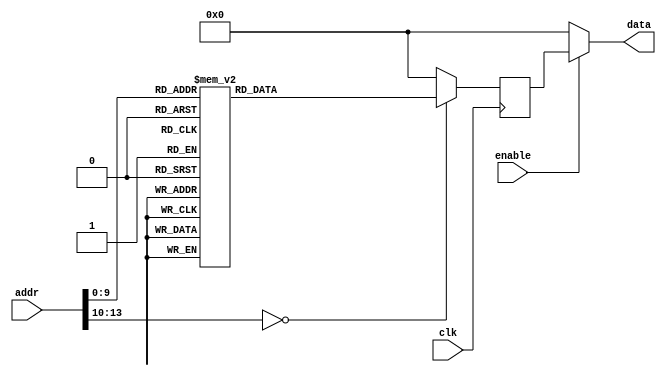
module rom04(input clk, input enable, input [14-1:0] addr, output [16-1:0] data);
    reg [16-1:0] data_reg;
    always @ (posedge clk)
        case(addr)
            14'h0 : data_reg <= 16'h5341;
            14'h1 : data_reg <= 16'h4D52;
            14'h2 : data_reg <= 16'h1C28;
            14'h3 : data_reg <= 16'h9C0D;
            14'h4 : data_reg <= 16'h6D8C;
            14'h5 : data_reg <= 16'h221D;
            14'h6 : data_reg <= 16'h5D8C;
            14'h7 : data_reg <= 16'h0D1D;
            14'h8 : data_reg <= 16'h281B;
            14'h9 : data_reg <= 16'h0D1C;
            14'hA : data_reg <= 16'h8C9C;
            14'hB : data_reg <= 16'h1D6D;
            14'hC : data_reg <= 16'h8C22;
            14'hD : data_reg <= 16'h1D5D;
            14'hE : data_reg <= 16'h1C22;
            14'hF : data_reg <= 16'h3C22;
            14'h10 : data_reg <= 16'h1E3E;
            14'h11 : data_reg <= 16'h0500;
            14'h12 : data_reg <= 16'h3C23;
            14'h13 : data_reg <= 16'h3EE5;
            14'h14 : data_reg <= 16'h1CD0;
            14'h15 : data_reg <= 16'h1D0B;
            14'h16 : data_reg <= 16'h1F0C;
            14'h17 : data_reg <= 16'h1B0D;
            14'h18 : data_reg <= 16'h1C28;
            14'h19 : data_reg <= 16'h9C0D;
            14'h1A : data_reg <= 16'h6D8C;
            14'h1B : data_reg <= 16'h221D;
            14'h1C : data_reg <= 16'h5D8C;
            14'h1D : data_reg <= 16'h221D;
            14'h1E : data_reg <= 16'h001C;
            14'h1F : data_reg <= 16'h3C22;
            14'h20 : data_reg <= 16'h1E3E;
            14'h21 : data_reg <= 16'h047F;
            14'h22 : data_reg <= 16'h3C23;
            14'h23 : data_reg <= 16'h3EE5;
            14'h24 : data_reg <= 16'h1CD0;
            14'h25 : data_reg <= 16'h1D0B;
            14'h26 : data_reg <= 16'h1E0C;
            14'h27 : data_reg <= 16'h9000;
            14'h28 : data_reg <= 16'h0014;
            14'h29 : data_reg <= 16'h8000;
            14'h2A : data_reg <= 16'hC901;
            14'h2B : data_reg <= 16'h221C;
            14'h2C : data_reg <= 16'h1939;
            14'h2D : data_reg <= 16'hE20C;
            14'h2E : data_reg <= 16'h1B0D;
            14'h2F : data_reg <= 16'h1C28;
            14'h30 : data_reg <= 16'h9C0D;
            14'h31 : data_reg <= 16'h6D8C;
            14'h32 : data_reg <= 16'h221D;
            14'h33 : data_reg <= 16'h5D8C;
            14'h34 : data_reg <= 16'h221D;
            14'h35 : data_reg <= 16'h001C;
            14'h36 : data_reg <= 16'h3C22;
            14'h37 : data_reg <= 16'h1E3E;
            14'h38 : data_reg <= 16'h004E;
            14'h39 : data_reg <= 16'h3C23;
            14'h3A : data_reg <= 16'h3EE5;
            14'h3B : data_reg <= 16'h1CD0;
            14'h3C : data_reg <= 16'h1D0B;
            14'h3D : data_reg <= 16'hD00C;
            14'h3E : data_reg <= 16'h0D11;
            14'h3F : data_reg <= 16'h281B;
            14'h40 : data_reg <= 16'h0D1C;
            14'h41 : data_reg <= 16'h8C9C;
            14'h42 : data_reg <= 16'h1D6D;
            14'h43 : data_reg <= 16'h8C22;
            14'h44 : data_reg <= 16'h1D5D;
            14'h45 : data_reg <= 16'h1C22;
            14'h46 : data_reg <= 16'h3C22;
            14'h47 : data_reg <= 16'h1E3E;
            14'h48 : data_reg <= 16'h0050;
            14'h49 : data_reg <= 16'h3C23;
            14'h4A : data_reg <= 16'h3EE5;
            14'h4B : data_reg <= 16'h1CD0;
            14'h4C : data_reg <= 16'h1D0B;
            14'h4D : data_reg <= 16'hD00C;
            14'h4E : data_reg <= 16'h2012;
            14'h4F : data_reg <= 16'h2013;
            14'h50 : data_reg <= 16'h1CC1;
            14'h51 : data_reg <= 16'h3122;
            14'h52 : data_reg <= 16'h0C11;
            14'h53 : data_reg <= 16'h211C;
            14'h54 : data_reg <= 16'h1333;
            14'h55 : data_reg <= 16'h0C13;
            14'h56 : data_reg <= 16'hA302;
            14'h57 : data_reg <= 16'h0DE6;
            14'h58 : data_reg <= 16'h281B;
            14'h59 : data_reg <= 16'h0D1C;
            14'h5A : data_reg <= 16'h8C9C;
            14'h5B : data_reg <= 16'h1D6D;
            14'h5C : data_reg <= 16'h8C22;
            14'h5D : data_reg <= 16'h1D5D;
            14'h5E : data_reg <= 16'h1C22;
            14'h5F : data_reg <= 16'h3C22;
            14'h60 : data_reg <= 16'h1E3E;
            14'h61 : data_reg <= 16'h009F;
            14'h62 : data_reg <= 16'h3C23;
            14'h63 : data_reg <= 16'h3EE5;
            14'h64 : data_reg <= 16'h1CD0;
            14'h65 : data_reg <= 16'h1D0B;
            14'h66 : data_reg <= 16'hE00C;
            14'h67 : data_reg <= 16'h0DE2;
            14'h68 : data_reg <= 16'h281B;
            14'h69 : data_reg <= 16'h0D1C;
            14'h6A : data_reg <= 16'h8C9C;
            14'h6B : data_reg <= 16'h1D6D;
            14'h6C : data_reg <= 16'h8C22;
            14'h6D : data_reg <= 16'h1D5D;
            14'h6E : data_reg <= 16'h1C22;
            14'h6F : data_reg <= 16'h3C22;
            14'h70 : data_reg <= 16'h1E3E;
            14'h71 : data_reg <= 16'h004E;
            14'h72 : data_reg <= 16'h3C23;
            14'h73 : data_reg <= 16'h3EE5;
            14'h74 : data_reg <= 16'h1CD0;
            14'h75 : data_reg <= 16'h1D0B;
            14'h76 : data_reg <= 16'hD00C;
            14'h77 : data_reg <= 16'h0D11;
            14'h78 : data_reg <= 16'h281B;
            14'h79 : data_reg <= 16'h0D1C;
            14'h7A : data_reg <= 16'h8C9C;
            14'h7B : data_reg <= 16'h1D6D;
            14'h7C : data_reg <= 16'h8C22;
            14'h7D : data_reg <= 16'h1D5D;
            14'h7E : data_reg <= 16'h1C22;
            14'h7F : data_reg <= 16'h3C22;
            14'h80 : data_reg <= 16'h1E3E;
            14'h81 : data_reg <= 16'h0050;
            14'h82 : data_reg <= 16'h3C23;
            14'h83 : data_reg <= 16'h3EE5;
            14'h84 : data_reg <= 16'h1CD0;
            14'h85 : data_reg <= 16'h1D0B;
            14'h86 : data_reg <= 16'hD00C;
            14'h87 : data_reg <= 16'h2012;
            14'h88 : data_reg <= 16'hD113;
            14'h89 : data_reg <= 16'h1CE9;
            14'h8A : data_reg <= 16'h3122;
            14'h8B : data_reg <= 16'h0C11;
            14'h8C : data_reg <= 16'h211C;
            14'h8D : data_reg <= 16'h1333;
            14'h8E : data_reg <= 16'h0C13;
            14'h8F : data_reg <= 16'hA302;
            14'h90 : data_reg <= 16'h0DE6;
            14'h91 : data_reg <= 16'h281B;
            14'h92 : data_reg <= 16'h0D1C;
            14'h93 : data_reg <= 16'h8C9C;
            14'h94 : data_reg <= 16'h1D6D;
            14'h95 : data_reg <= 16'h8C22;
            14'h96 : data_reg <= 16'h1D5D;
            14'h97 : data_reg <= 16'h1C22;
            14'h98 : data_reg <= 16'h3C22;
            14'h99 : data_reg <= 16'h1E3E;
            14'h9A : data_reg <= 16'h0111;
            14'h9B : data_reg <= 16'h3C23;
            14'h9C : data_reg <= 16'h3EE5;
            14'h9D : data_reg <= 16'h1CD0;
            14'h9E : data_reg <= 16'h1D0B;
            14'h9F : data_reg <= 16'hE00C;
            14'hA0 : data_reg <= 16'h0DE2;
            14'hA1 : data_reg <= 16'h281B;
            14'hA2 : data_reg <= 16'h0D1C;
            14'hA3 : data_reg <= 16'h8C9C;
            14'hA4 : data_reg <= 16'h1D6D;
            14'hA5 : data_reg <= 16'h8C22;
            14'hA6 : data_reg <= 16'h1D5D;
            14'hA7 : data_reg <= 16'h1C22;
            14'hA8 : data_reg <= 16'h3C22;
            14'hA9 : data_reg <= 16'h1E3E;
            14'hAA : data_reg <= 16'h004E;
            14'hAB : data_reg <= 16'h3C23;
            14'hAC : data_reg <= 16'h3EE5;
            14'hAD : data_reg <= 16'h1CD0;
            14'hAE : data_reg <= 16'h1D0B;
            14'hAF : data_reg <= 16'hD00C;
            14'hB0 : data_reg <= 16'h0D19;
            14'hB1 : data_reg <= 16'h281B;
            14'hB2 : data_reg <= 16'h0D1C;
            14'hB3 : data_reg <= 16'h8C9C;
            14'hB4 : data_reg <= 16'h1D6D;
            14'hB5 : data_reg <= 16'h8C22;
            14'hB6 : data_reg <= 16'h1D5D;
            14'hB7 : data_reg <= 16'h1C22;
            14'hB8 : data_reg <= 16'h3C22;
            14'hB9 : data_reg <= 16'h1E3E;
            14'hBA : data_reg <= 16'h0054;
            14'hBB : data_reg <= 16'h3C23;
            14'hBC : data_reg <= 16'h3EE5;
            14'hBD : data_reg <= 16'h1CD0;
            14'hBE : data_reg <= 16'h1D0B;
            14'hBF : data_reg <= 16'h1A0C;
            14'hC0 : data_reg <= 16'h1126;
            14'hC1 : data_reg <= 16'hE10A;
            14'hC2 : data_reg <= 16'h1B0D;
            14'hC3 : data_reg <= 16'h1C28;
            14'hC4 : data_reg <= 16'h9C0D;
            14'hC5 : data_reg <= 16'h6D8C;
            14'hC6 : data_reg <= 16'h221D;
            14'hC7 : data_reg <= 16'h5D8C;
            14'hC8 : data_reg <= 16'h221D;
            14'hC9 : data_reg <= 16'h001C;
            14'hCA : data_reg <= 16'h3C22;
            14'hCB : data_reg <= 16'h1E3E;
            14'hCC : data_reg <= 16'h0C80;
            14'hCD : data_reg <= 16'h3C23;
            14'hCE : data_reg <= 16'h3EE5;
            14'hCF : data_reg <= 16'h1CD0;
            14'hD0 : data_reg <= 16'h1D0B;
            14'hD1 : data_reg <= 16'h120C;
            14'hD2 : data_reg <= 16'h1102;
            14'hD3 : data_reg <= 16'hE10A;
            14'hD4 : data_reg <= 16'h1C24;
            14'hD5 : data_reg <= 16'h8C20;
            14'hD6 : data_reg <= 16'h2A1C;
            14'hD7 : data_reg <= 16'h115C;
            14'hD8 : data_reg <= 16'h1C24;
            14'hD9 : data_reg <= 16'h8C20;
            14'hDA : data_reg <= 16'h2F1C;
            14'hDB : data_reg <= 16'h315C;
            14'hDC : data_reg <= 16'h0A11;
            14'hDD : data_reg <= 16'h24E1;
            14'hDE : data_reg <= 16'h261C;
            14'hDF : data_reg <= 16'h1C8C;
            14'hE0 : data_reg <= 16'h5C24;
            14'hE1 : data_reg <= 16'h2412;
            14'hE2 : data_reg <= 16'h2C1C;
            14'hE3 : data_reg <= 16'h1C8C;
            14'hE4 : data_reg <= 16'h5C28;
            14'hE5 : data_reg <= 16'h32E5;
            14'hE6 : data_reg <= 16'h11E5;
            14'hE7 : data_reg <= 16'hE10A;
            14'hE8 : data_reg <= 16'h1C24;
            14'hE9 : data_reg <= 16'h8C23;
            14'hEA : data_reg <= 16'h221C;
            14'hEB : data_reg <= 16'hE55C;
            14'hEC : data_reg <= 16'hE532;
            14'hED : data_reg <= 16'h0A11;
            14'hEE : data_reg <= 16'h24E1;
            14'hEF : data_reg <= 16'h2A1C;
            14'hF0 : data_reg <= 16'h1C8C;
            14'hF1 : data_reg <= 16'h5C2A;
            14'hF2 : data_reg <= 16'h2412;
            14'hF3 : data_reg <= 16'h251C;
            14'hF4 : data_reg <= 16'h1C8C;
            14'hF5 : data_reg <= 16'h5C25;
            14'hF6 : data_reg <= 16'h1142;
            14'hF7 : data_reg <= 16'hE10A;
            14'hF8 : data_reg <= 16'h4222;
            14'hF9 : data_reg <= 16'h0A11;
            14'hFA : data_reg <= 16'h24E1;
            14'hFB : data_reg <= 16'h2A1C;
            14'hFC : data_reg <= 16'h1C8C;
            14'hFD : data_reg <= 16'h5C2A;
            14'hFE : data_reg <= 16'h2412;
            14'hFF : data_reg <= 16'h251C;
            14'h100 : data_reg <= 16'h1C8C;
            14'h101 : data_reg <= 16'h5C25;
            14'h102 : data_reg <= 16'h1152;
            14'h103 : data_reg <= 16'hE10A;
            14'h104 : data_reg <= 16'h132D;
            14'h105 : data_reg <= 16'h632E;
            14'h106 : data_reg <= 16'h0A11;
            14'h107 : data_reg <= 16'h72E1;
            14'h108 : data_reg <= 16'h0A11;
            14'h109 : data_reg <= 16'h21E1;
            14'h10A : data_reg <= 16'h2712;
            14'h10B : data_reg <= 16'h1182;
            14'h10C : data_reg <= 16'hE10A;
            14'h10D : data_reg <= 16'h9226;
            14'h10E : data_reg <= 16'h0A11;
            14'h10F : data_reg <= 16'h21E1;
            14'h110 : data_reg <= 16'h2111;
            14'h111 : data_reg <= 16'h0DA1;
            14'h112 : data_reg <= 16'h281B;
            14'h113 : data_reg <= 16'h0D1C;
            14'h114 : data_reg <= 16'h8C9C;
            14'h115 : data_reg <= 16'h1D6D;
            14'h116 : data_reg <= 16'h8C22;
            14'h117 : data_reg <= 16'h1D5D;
            14'h118 : data_reg <= 16'h1C22;
            14'h119 : data_reg <= 16'h3C22;
            14'h11A : data_reg <= 16'h1E3E;
            14'h11B : data_reg <= 16'h0262;
            14'h11C : data_reg <= 16'h3C23;
            14'h11D : data_reg <= 16'h3EE5;
            14'h11E : data_reg <= 16'h1CD0;
            14'h11F : data_reg <= 16'h1D0B;
            14'h120 : data_reg <= 16'hE00C;
            14'h121 : data_reg <= 16'h1B0D;
            14'h122 : data_reg <= 16'h1C28;
            14'h123 : data_reg <= 16'h9C0D;
            14'h124 : data_reg <= 16'h6D8C;
            14'h125 : data_reg <= 16'h221D;
            14'h126 : data_reg <= 16'h5D8C;
            14'h127 : data_reg <= 16'h221D;
            14'h128 : data_reg <= 16'h001C;
            14'h129 : data_reg <= 16'h3C22;
            14'h12A : data_reg <= 16'h1E3E;
            14'h12B : data_reg <= 16'h047E;
            14'h12C : data_reg <= 16'h3C23;
            14'h12D : data_reg <= 16'h3EE5;
            14'h12E : data_reg <= 16'h1CD0;
            14'h12F : data_reg <= 16'h1D0B;
            14'h130 : data_reg <= 16'h1E0C;
            14'h131 : data_reg <= 16'hA120;
            14'h132 : data_reg <= 16'h1B0D;
            14'h133 : data_reg <= 16'h1C28;
            14'h134 : data_reg <= 16'h9C0D;
            14'h135 : data_reg <= 16'h6D8C;
            14'h136 : data_reg <= 16'h221D;
            14'h137 : data_reg <= 16'h5D8C;
            14'h138 : data_reg <= 16'h221D;
            14'h139 : data_reg <= 16'h001C;
            14'h13A : data_reg <= 16'h3C22;
            14'h13B : data_reg <= 16'h1E3E;
            14'h13C : data_reg <= 16'h047E;
            14'h13D : data_reg <= 16'h3C23;
            14'h13E : data_reg <= 16'h3EE5;
            14'h13F : data_reg <= 16'h1CD0;
            14'h140 : data_reg <= 16'h1D0B;
            14'h141 : data_reg <= 16'hE00C;
            14'h142 : data_reg <= 16'hB121;
            14'h143 : data_reg <= 16'h1B0D;
            14'h144 : data_reg <= 16'h1C28;
            14'h145 : data_reg <= 16'h9C0D;
            14'h146 : data_reg <= 16'h6D8C;
            14'h147 : data_reg <= 16'h221D;
            14'h148 : data_reg <= 16'h5D8C;
            14'h149 : data_reg <= 16'h221D;
            14'h14A : data_reg <= 16'h001C;
            14'h14B : data_reg <= 16'h3C22;
            14'h14C : data_reg <= 16'h1E3E;
            14'h14D : data_reg <= 16'h047E;
            14'h14E : data_reg <= 16'h3C23;
            14'h14F : data_reg <= 16'h3EE5;
            14'h150 : data_reg <= 16'h1CD0;
            14'h151 : data_reg <= 16'h1D0B;
            14'h152 : data_reg <= 16'hE00C;
            14'h153 : data_reg <= 16'hB120;
            14'h154 : data_reg <= 16'h1B0D;
            14'h155 : data_reg <= 16'h1C28;
            14'h156 : data_reg <= 16'h9C0D;
            14'h157 : data_reg <= 16'h6D8C;
            14'h158 : data_reg <= 16'h221D;
            14'h159 : data_reg <= 16'h5D8C;
            14'h15A : data_reg <= 16'h221D;
            14'h15B : data_reg <= 16'h001C;
            14'h15C : data_reg <= 16'h3C22;
            14'h15D : data_reg <= 16'h1E3E;
            14'h15E : data_reg <= 16'h02E8;
            14'h15F : data_reg <= 16'h3C23;
            14'h160 : data_reg <= 16'h3EE5;
            14'h161 : data_reg <= 16'h1CD0;
            14'h162 : data_reg <= 16'h1D0B;
            14'h163 : data_reg <= 16'hE00C;
            14'h164 : data_reg <= 16'h1B0D;
            14'h165 : data_reg <= 16'h1C28;
            14'h166 : data_reg <= 16'h9C0D;
            14'h167 : data_reg <= 16'h6D8C;
            14'h168 : data_reg <= 16'h221D;
            14'h169 : data_reg <= 16'h5D8C;
            14'h16A : data_reg <= 16'h221D;
            14'h16B : data_reg <= 16'h001C;
            14'h16C : data_reg <= 16'h3C22;
            14'h16D : data_reg <= 16'h1E3E;
            14'h16E : data_reg <= 16'h047E;
            14'h16F : data_reg <= 16'h3C23;
            14'h170 : data_reg <= 16'h3EE5;
            14'h171 : data_reg <= 16'h1CD0;
            14'h172 : data_reg <= 16'h1D0B;
            14'h173 : data_reg <= 16'h1E0C;
            14'h174 : data_reg <= 16'h1C24;
            14'h175 : data_reg <= 16'h8C25;
            14'h176 : data_reg <= 16'h2A1C;
            14'h177 : data_reg <= 16'hCF5C;
            14'h178 : data_reg <= 16'hDF20;
            14'h179 : data_reg <= 16'h0A11;
            14'h17A : data_reg <= 16'h24E1;
            14'h17B : data_reg <= 16'h251C;
            14'h17C : data_reg <= 16'h1C8C;
            14'h17D : data_reg <= 16'h5C20;
            14'h17E : data_reg <= 16'h20E4;
            14'h17F : data_reg <= 16'h11E3;
            14'h180 : data_reg <= 16'hE10A;
            14'h181 : data_reg <= 16'h1C24;
            14'h182 : data_reg <= 16'h8C20;
            14'h183 : data_reg <= 16'h2D1C;
            14'h184 : data_reg <= 16'hE55C;
            14'h185 : data_reg <= 16'h0A11;
            14'h186 : data_reg <= 16'h0DE1;
            14'h187 : data_reg <= 16'h281B;
            14'h188 : data_reg <= 16'h0D1C;
            14'h189 : data_reg <= 16'h8C9C;
            14'h18A : data_reg <= 16'h1D6D;
            14'h18B : data_reg <= 16'h8C22;
            14'h18C : data_reg <= 16'h1D5D;
            14'h18D : data_reg <= 16'h1C22;
            14'h18E : data_reg <= 16'h3C22;
            14'h18F : data_reg <= 16'h1E3E;
            14'h190 : data_reg <= 16'h0436;
            14'h191 : data_reg <= 16'h3C23;
            14'h192 : data_reg <= 16'h3EE5;
            14'h193 : data_reg <= 16'h1CD0;
            14'h194 : data_reg <= 16'h1D0B;
            14'h195 : data_reg <= 16'hE10C;
            14'h196 : data_reg <= 16'h1121;
            14'h197 : data_reg <= 16'hA121;
            14'h198 : data_reg <= 16'h1B0D;
            14'h199 : data_reg <= 16'h1C28;
            14'h19A : data_reg <= 16'h9C0D;
            14'h19B : data_reg <= 16'h6D8C;
            14'h19C : data_reg <= 16'h221D;
            14'h19D : data_reg <= 16'h5D8C;
            14'h19E : data_reg <= 16'h221D;
            14'h19F : data_reg <= 16'h001C;
            14'h1A0 : data_reg <= 16'h3C22;
            14'h1A1 : data_reg <= 16'h1E3E;
            14'h1A2 : data_reg <= 16'h047E;
            14'h1A3 : data_reg <= 16'h3C23;
            14'h1A4 : data_reg <= 16'h3EE5;
            14'h1A5 : data_reg <= 16'h1CD0;
            14'h1A6 : data_reg <= 16'h1D0B;
            14'h1A7 : data_reg <= 16'hE60C;
            14'h1A8 : data_reg <= 16'h28E0;
            14'h1A9 : data_reg <= 16'h113F;
            14'h1AA : data_reg <= 16'h1B0D;
            14'h1AB : data_reg <= 16'h1C28;
            14'h1AC : data_reg <= 16'h9C0D;
            14'h1AD : data_reg <= 16'h6D8C;
            14'h1AE : data_reg <= 16'h221D;
            14'h1AF : data_reg <= 16'h5D8C;
            14'h1B0 : data_reg <= 16'h221D;
            14'h1B1 : data_reg <= 16'h001C;
            14'h1B2 : data_reg <= 16'h3C22;
            14'h1B3 : data_reg <= 16'h1E3E;
            14'h1B4 : data_reg <= 16'hFFFF;
            14'h1B5 : data_reg <= 16'h3C23;
            14'h1B6 : data_reg <= 16'h3EE5;
            14'h1B7 : data_reg <= 16'h1CD0;
            14'h1B8 : data_reg <= 16'h1D0B;
            14'h1B9 : data_reg <= 16'hE70C;
            14'h1BA : data_reg <= 16'h20C1;
            14'h1BB : data_reg <= 16'hE7D1;
            14'h1BC : data_reg <= 16'h0A11;
            14'h1BD : data_reg <= 16'h22E1;
            14'h1BE : data_reg <= 16'h113F;
            14'h1BF : data_reg <= 16'hC120;
            14'h1C0 : data_reg <= 16'hEA01;
            14'h1C1 : data_reg <= 16'h0DE6;
            14'h1C2 : data_reg <= 16'h281B;
            14'h1C3 : data_reg <= 16'h0D1C;
            14'h1C4 : data_reg <= 16'h8C9C;
            14'h1C5 : data_reg <= 16'h1D6D;
            14'h1C6 : data_reg <= 16'h8C22;
            14'h1C7 : data_reg <= 16'h1D5D;
            14'h1C8 : data_reg <= 16'h1C22;
            14'h1C9 : data_reg <= 16'h3C22;
            14'h1CA : data_reg <= 16'h1E3E;
            14'h1CB : data_reg <= 16'h047E;
            14'h1CC : data_reg <= 16'h3C23;
            14'h1CD : data_reg <= 16'h3EE5;
            14'h1CE : data_reg <= 16'h1CD0;
            14'h1CF : data_reg <= 16'h1D0B;
            14'h1D0 : data_reg <= 16'hE00C;
            14'h1D1 : data_reg <= 16'hEA01;
            14'h1D2 : data_reg <= 16'h1B0D;
            14'h1D3 : data_reg <= 16'h1C28;
            14'h1D4 : data_reg <= 16'h9C0D;
            14'h1D5 : data_reg <= 16'h6D8C;
            14'h1D6 : data_reg <= 16'h221D;
            14'h1D7 : data_reg <= 16'h5D8C;
            14'h1D8 : data_reg <= 16'h221D;
            14'h1D9 : data_reg <= 16'h001C;
            14'h1DA : data_reg <= 16'h3C22;
            14'h1DB : data_reg <= 16'h1E3E;
            14'h1DC : data_reg <= 16'h047E;
            14'h1DD : data_reg <= 16'h3C23;
            14'h1DE : data_reg <= 16'h3EE5;
            14'h1DF : data_reg <= 16'h1CD0;
            14'h1E0 : data_reg <= 16'h1D0B;
            14'h1E1 : data_reg <= 16'hE00C;
            14'h1E2 : data_reg <= 16'h1B0D;
            14'h1E3 : data_reg <= 16'h1C28;
            14'h1E4 : data_reg <= 16'h9C0D;
            14'h1E5 : data_reg <= 16'h6D8C;
            14'h1E6 : data_reg <= 16'h221D;
            14'h1E7 : data_reg <= 16'h5D8C;
            14'h1E8 : data_reg <= 16'h221D;
            14'h1E9 : data_reg <= 16'h001C;
            14'h1EA : data_reg <= 16'h3C22;
            14'h1EB : data_reg <= 16'h1E3E;
            14'h1EC : data_reg <= 16'hABCD;
            14'h1ED : data_reg <= 16'h3C23;
            14'h1EE : data_reg <= 16'h3EE5;
            14'h1EF : data_reg <= 16'h1CD0;
            14'h1F0 : data_reg <= 16'h1D0B;
            14'h1F1 : data_reg <= 16'hEE0C;
            14'h1F2 : data_reg <= 16'h1B0D;
            14'h1F3 : data_reg <= 16'h1C28;
            14'h1F4 : data_reg <= 16'h9C0D;
            14'h1F5 : data_reg <= 16'h6D8C;
            14'h1F6 : data_reg <= 16'h221D;
            14'h1F7 : data_reg <= 16'h5D8C;
            14'h1F8 : data_reg <= 16'h221D;
            14'h1F9 : data_reg <= 16'h001C;
            14'h1FA : data_reg <= 16'h3C22;
            14'h1FB : data_reg <= 16'h1E3E;
            14'h1FC : data_reg <= 16'hEF00;
            14'h1FD : data_reg <= 16'h3C23;
            14'h1FE : data_reg <= 16'h3EE5;
            14'h1FF : data_reg <= 16'h1CD0;
            14'h200 : data_reg <= 16'h1D0B;
            14'h201 : data_reg <= 16'hFB0C;
            14'h202 : data_reg <= 16'h11F2;
            14'h203 : data_reg <= 16'hE10A;
            14'h204 : data_reg <= 16'h11F7;
            14'h205 : data_reg <= 16'hE10A;
            14'h206 : data_reg <= 16'h1B0D;
            14'h207 : data_reg <= 16'h1C28;
            14'h208 : data_reg <= 16'h9C0D;
            14'h209 : data_reg <= 16'h6D8C;
            14'h20A : data_reg <= 16'h221D;
            14'h20B : data_reg <= 16'h5D8C;
            14'h20C : data_reg <= 16'h221D;
            14'h20D : data_reg <= 16'h001C;
            14'h20E : data_reg <= 16'h3C22;
            14'h20F : data_reg <= 16'h1E3E;
            14'h210 : data_reg <= 16'h043B;
            14'h211 : data_reg <= 16'h3C23;
            14'h212 : data_reg <= 16'h3EE5;
            14'h213 : data_reg <= 16'h1CD0;
            14'h214 : data_reg <= 16'h1D0B;
            14'h215 : data_reg <= 16'hEF0C;
            14'h216 : data_reg <= 16'h1C24;
            14'h217 : data_reg <= 16'h8C21;
            14'h218 : data_reg <= 16'h201C;
            14'h219 : data_reg <= 16'h1D5C;
            14'h21A : data_reg <= 16'hE2FF;
            14'h21B : data_reg <= 16'h112A;
            14'h21C : data_reg <= 16'hE10A;
            14'h21D : data_reg <= 16'h0DE2;
            14'h21E : data_reg <= 16'h281B;
            14'h21F : data_reg <= 16'h0D1C;
            14'h220 : data_reg <= 16'h8C9C;
            14'h221 : data_reg <= 16'h1D6D;
            14'h222 : data_reg <= 16'h8C22;
            14'h223 : data_reg <= 16'h1D5D;
            14'h224 : data_reg <= 16'h1C22;
            14'h225 : data_reg <= 16'h3C22;
            14'h226 : data_reg <= 16'h1E3E;
            14'h227 : data_reg <= 16'h1234;
            14'h228 : data_reg <= 16'h3C23;
            14'h229 : data_reg <= 16'h3EE5;
            14'h22A : data_reg <= 16'h1CD0;
            14'h22B : data_reg <= 16'h1D0B;
            14'h22C : data_reg <= 16'h110C;
            14'h22D : data_reg <= 16'hE10A;
            14'h22E : data_reg <= 16'h0DEB;
            14'h22F : data_reg <= 16'h281B;
            14'h230 : data_reg <= 16'h0D1C;
            14'h231 : data_reg <= 16'h8C9C;
            14'h232 : data_reg <= 16'h1D6D;
            14'h233 : data_reg <= 16'h8C22;
            14'h234 : data_reg <= 16'h1D5D;
            14'h235 : data_reg <= 16'h1C22;
            14'h236 : data_reg <= 16'h3C22;
            14'h237 : data_reg <= 16'h1E3E;
            14'h238 : data_reg <= 16'h043B;
            14'h239 : data_reg <= 16'h3C23;
            14'h23A : data_reg <= 16'h3EE5;
            14'h23B : data_reg <= 16'h1CD0;
            14'h23C : data_reg <= 16'h1D0B;
            14'h23D : data_reg <= 16'hEF0C;
            14'h23E : data_reg <= 16'hE2FF;
            14'h23F : data_reg <= 16'h0DE8;
            14'h240 : data_reg <= 16'h281B;
            14'h241 : data_reg <= 16'h0D1C;
            14'h242 : data_reg <= 16'h8C9C;
            14'h243 : data_reg <= 16'h1D6D;
            14'h244 : data_reg <= 16'h8C22;
            14'h245 : data_reg <= 16'h1D5D;
            14'h246 : data_reg <= 16'h1C22;
            14'h247 : data_reg <= 16'h3C22;
            14'h248 : data_reg <= 16'h1E3E;
            14'h249 : data_reg <= 16'h0052;
            14'h24A : data_reg <= 16'h3C23;
            14'h24B : data_reg <= 16'h3EE5;
            14'h24C : data_reg <= 16'h1CD0;
            14'h24D : data_reg <= 16'h1D0B;
            14'h24E : data_reg <= 16'hD00C;
            14'h24F : data_reg <= 16'h0D1F;
            14'h250 : data_reg <= 16'h281B;
            14'h251 : data_reg <= 16'h0D1C;
            14'h252 : data_reg <= 16'h8C9C;
            14'h253 : data_reg <= 16'h1D6D;
            14'h254 : data_reg <= 16'h8C22;
            14'h255 : data_reg <= 16'h1D5D;
            14'h256 : data_reg <= 16'h1C22;
            14'h257 : data_reg <= 16'h3C22;
            14'h258 : data_reg <= 16'h1E3E;
            14'h259 : data_reg <= 16'h005C;
            14'h25A : data_reg <= 16'h3C23;
            14'h25B : data_reg <= 16'h3EE5;
            14'h25C : data_reg <= 16'h1CD0;
            14'h25D : data_reg <= 16'h1D0B;
            14'h25E : data_reg <= 16'hE10C;
            14'h25F : data_reg <= 16'h1B0D;
            14'h260 : data_reg <= 16'h1C28;
            14'h261 : data_reg <= 16'h9C0D;
            14'h262 : data_reg <= 16'h6D8C;
            14'h263 : data_reg <= 16'h221D;
            14'h264 : data_reg <= 16'h5D8C;
            14'h265 : data_reg <= 16'h221D;
            14'h266 : data_reg <= 16'h001C;
            14'h267 : data_reg <= 16'h3C22;
            14'h268 : data_reg <= 16'h1E3E;
            14'h269 : data_reg <= 16'h0141;
            14'h26A : data_reg <= 16'h3C23;
            14'h26B : data_reg <= 16'h3EE5;
            14'h26C : data_reg <= 16'h1CD0;
            14'h26D : data_reg <= 16'h1D0B;
            14'h26E : data_reg <= 16'hE10C;
            14'h26F : data_reg <= 16'h1B0D;
            14'h270 : data_reg <= 16'h1C28;
            14'h271 : data_reg <= 16'h9C0D;
            14'h272 : data_reg <= 16'h6D8C;
            14'h273 : data_reg <= 16'h221D;
            14'h274 : data_reg <= 16'h5D8C;
            14'h275 : data_reg <= 16'h221D;
            14'h276 : data_reg <= 16'h001C;
            14'h277 : data_reg <= 16'h3C22;
            14'h278 : data_reg <= 16'h1E3E;
            14'h279 : data_reg <= 16'h00CF;
            14'h27A : data_reg <= 16'h3C23;
            14'h27B : data_reg <= 16'h3EE5;
            14'h27C : data_reg <= 16'h1CD0;
            14'h27D : data_reg <= 16'h1D0B;
            14'h27E : data_reg <= 16'hE10C;
            14'h27F : data_reg <= 16'h00E8;
            default : data_reg <= 0;
        endcase
    assign data = ( enable ? data_reg : 0 );
endmodule